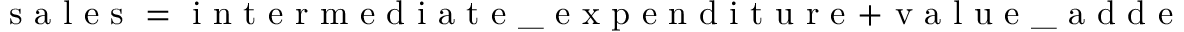
\mathrm { ~ s ~ a ~ l ~ e ~ s ~ } = \mathrm { ~ i ~ n ~ t ~ e ~ r ~ m ~ e ~ d ~ i ~ a ~ t ~ e ~ \_ ~ e ~ x ~ p ~ e ~ n ~ d ~ i ~ t ~ u ~ r ~ e ~ } + \mathrm { ~ v ~ a ~ l ~ u ~ e ~ \_ ~ a ~ d ~ d ~ e ~ d ~ } + \mathrm { ~ o ~ t ~ h ~ e ~ r ~ \_ ~ c ~ o ~ s ~ t ~ s ~ } .